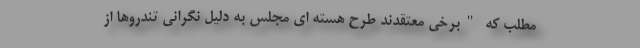
مطلب که "برخی معتقدند طرح هسته ای مجلس به دلیل نگرانی تندروها از